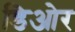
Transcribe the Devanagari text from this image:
डिओर